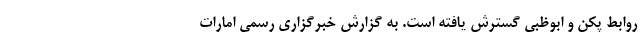
روابط پکن و ابوظبی گسترش یافته است. به گزارش خبرگزاری رسمی امارات